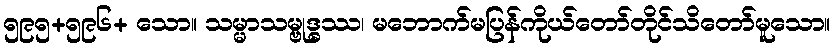
၅၉၅+၅၉၆+ သော။ သမ္မာသမ္ဗုဒ္ဓဿ၊ မဘောက်မပြန်ကိုယ်တော်တိုင်သိတော်မူသော။